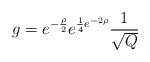
LaTeX: \begin{align*}g = e^{-\frac{\rho}{2}}e^{\frac{1}{4}e^{-2\rho}}\frac{1}{\sqrt{Q}}\end{align*}